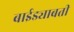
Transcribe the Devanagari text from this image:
बाईड्याबती